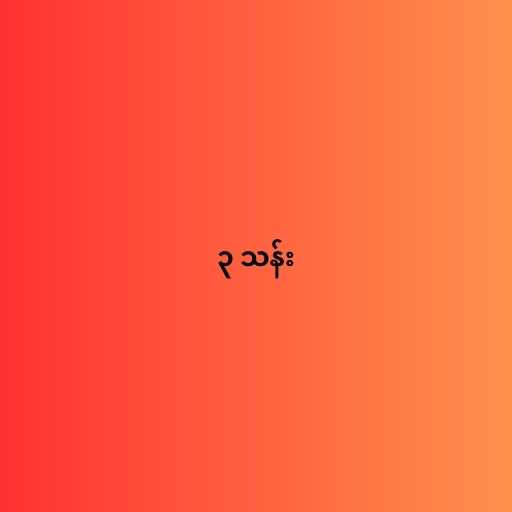
၃ သန်း